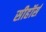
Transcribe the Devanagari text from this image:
सीहॉर्स